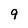
Character: 9